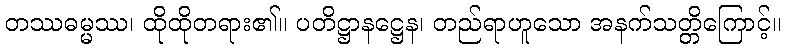
တဿဓမ္မဿ၊ ထိုထိုတရား၏။ ပတိဋ္ဌာနဋ္ဌေန၊ တည်ရာဟူသော အနက်သတ္တိကြောင့်။